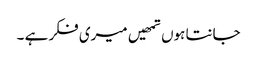
جانتا ہوں تمھیں میری فکر ہے ۔